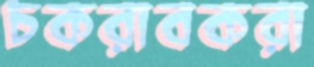
চকরাবকরা